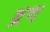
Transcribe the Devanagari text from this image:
द्रंग